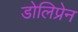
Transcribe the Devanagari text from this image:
डोलिप्रेन